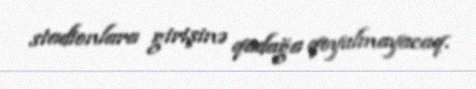
stadionlara girişinə qadağa qoyulmayacaq.